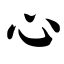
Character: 心